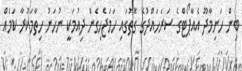
ބިން ހަނިމާދޫ އެއާޕޯޓްގެ ސަރަހައްދުގެ ގޮތުގައި ހަމަޖެހިގެން ދިއުމަކީ ނުހަނު ހިތާމަކުރާ ކަމެއް